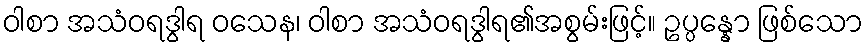
ဝါစာ အသံဝရဒွါရ ဝသေန၊ ဝါစာ အသံဝရဒွါရ၏အစွမ်းဖြင့်။ ဥပ္ပန္နော ဖြစ်သော